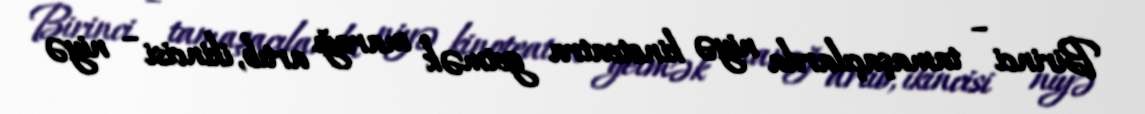
Birinci – tamaşaçılarda niyə kinoteatra getmək marağı artıb, ikincisi – niyə